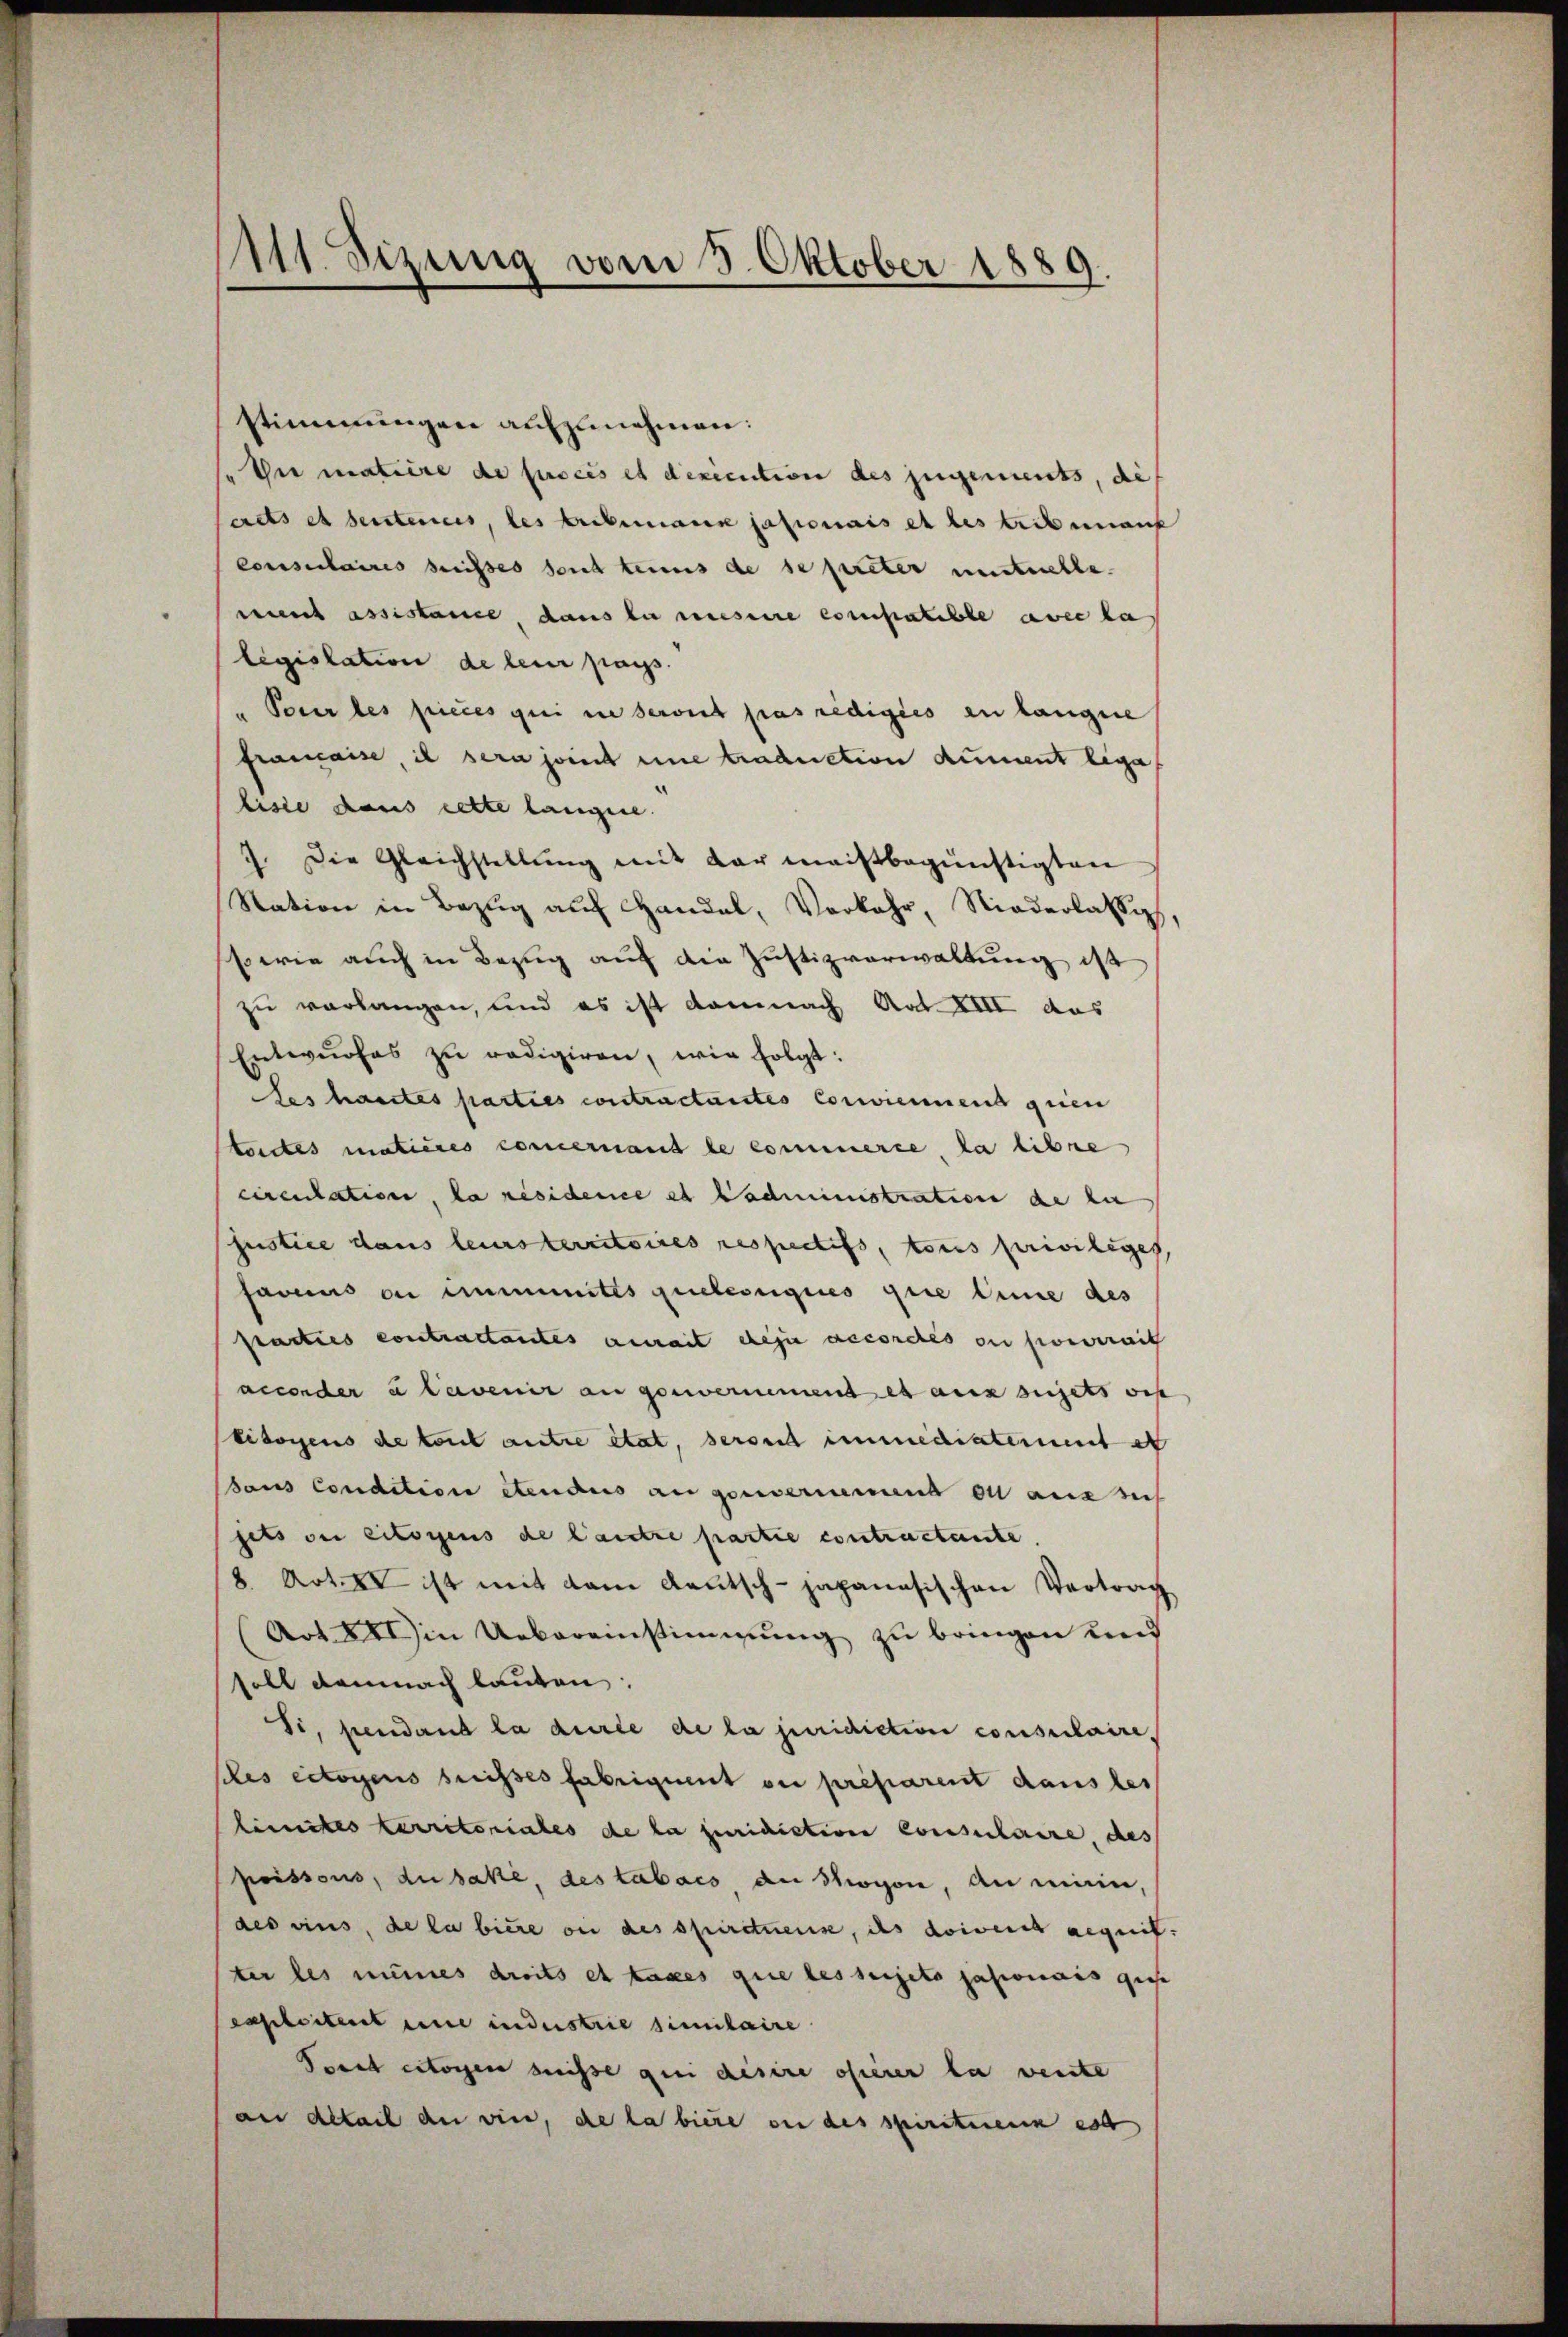
111. Sizung vom 3. Oktober 1889.

stimmungen aufzunehmen:
ster matière de fuocis et dexecution des zugements, di
crets et seiteres, des Erdbemann sasionais et les tribunauf
consulaires suisses sont tenus de se preter unstuelle.
mint assistance, dans la mesene constatible avec la
législation de leur pass.
Pour les pieces qui ne serit pas redigies en langere
Framaise il sera joint eine traduction kument lega
lisie dans cette langere.
7. Die Gleichstellung mit der meistbegünstigten
Station in Bezŭg aŭf Handel, Verkehr, Niederlassig,
sowie auch in Bezug auf die Justizverwaltung ist
e
zu verlangen, und es ist damnach Art. XIII aus
Entwŭrfes zu redigiren, wie folgt:
Des hautes parties contractantes Conviennend geien
Fordes matières concernant le commerce, la libre
cirentation, la résidence et Padministration de la
Justice dans leursterritoires respectifs, tous priviliges
farens ou imites quelconques gere Eine des
Prarties contractantes aurait des accordés ou pourrait
accender à lavenir an gewernemend es aux sujets wes
Eidorgens de tout autre état, seront immediaterient et
daus Condition etcnaus an genvernemend all aus sich
jets de citoyens de Landre partie contractante.
8 Art. II ist mit dem Rautsch-japanesischen Vertrag
(Art in Uebereinstimmung zu bringen und
soll demnach lauten:
Si, pendant la durée de la juridiction consulaire,
scles citoyens breisses Fabriquent ou préparent dans les
limites territoriales de la juridiction consulaire, des
poissous, du bake, des tabacs de Mögen, an mein,
des vins, de la biere ou des spirituens, das doivent gegrif
ter les mines droits et taxes que les sujeto patronaus gese
cssleitent eine industrie similaire
Perat citoyen wisse qui désire ofierer la vente
au detail an vier, de la biere ou des spiritienn est